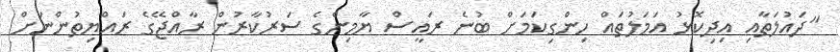
"ދައުލަތާއި އިދިކޮޅު އަމަލުތައް ހިންގިކަމަށް ބުނެ ރައީސް ޔާމިންގެ ސަރުކާރުން ރާއްޖޭގެ ރައްޔިތުންނަށް